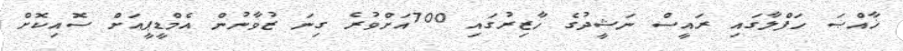
ޚާއްޞަ ހަފްލާގައި ރައީސް ނަޝީދުގެ ހާޒިރުގައި 700އަށްވުރެ ގިނަ ޒުވާނުން އެމްޑީޕީއަށް ސޮއިކޮށް